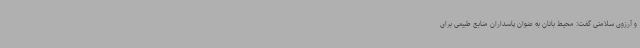
و آرزوی سلامتی گفت: محیط بانان به عنوان پاسداران منابع طبیعی برای